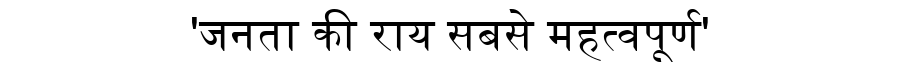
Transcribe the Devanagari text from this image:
'जनता की राय सबसे महत्वपूर्ण'